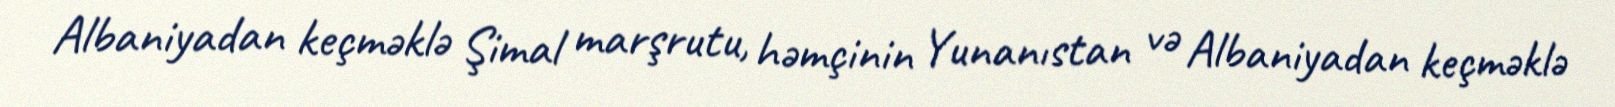
Albaniyadan keçməklə Şimal marşrutu, həmçinin Yunanıstan və Albaniyadan keçməklə